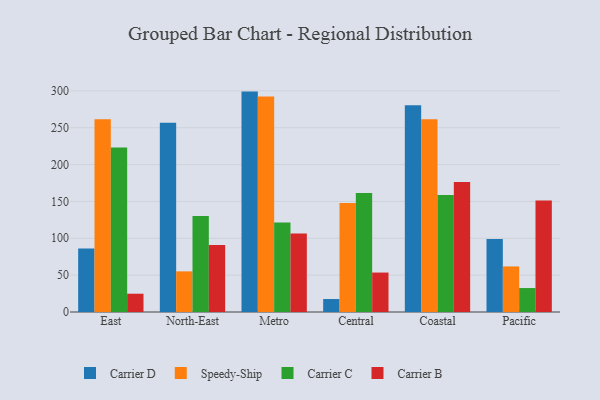
{"axis": {"x": "Region", "y": "Shipments"}, "legend": ["Carrier B", "Carrier C", "Carrier D", "Speedy-Ship"], "data": [{"x": "East", "y": 86.0, "type": "Carrier D"}, {"x": "East", "y": 261.5, "type": "Speedy-Ship"}, {"x": "East", "y": 223.0, "type": "Carrier C"}, {"x": "East", "y": 24.8, "type": "Carrier B"}, {"x": "North-East", "y": 256.7, "type": "Carrier D"}, {"x": "North-East", "y": 55.1, "type": "Speedy-Ship"}, {"x": "North-East", "y": 130.4, "type": "Carrier C"}, {"x": "North-East", "y": 90.8, "type": "Carrier B"}, {"x": "Metro", "y": 299.0, "type": "Carrier D"}, {"x": "Metro", "y": 292.3, "type": "Speedy-Ship"}, {"x": "Metro", "y": 121.3, "type": "Carrier C"}, {"x": "Metro", "y": 106.4, "type": "Carrier B"}, {"x": "Central", "y": 17.6, "type": "Carrier D"}, {"x": "Central", "y": 147.9, "type": "Speedy-Ship"}, {"x": "Central", "y": 161.5, "type": "Carrier C"}, {"x": "Central", "y": 53.5, "type": "Carrier B"}, {"x": "Coastal", "y": 280.6, "type": "Carrier D"}, {"x": "Coastal", "y": 261.4, "type": "Speedy-Ship"}, {"x": "Coastal", "y": 158.7, "type": "Carrier C"}, {"x": "Coastal", "y": 176.2, "type": "Carrier B"}, {"x": "Pacific", "y": 99.0, "type": "Carrier D"}, {"x": "Pacific", "y": 61.8, "type": "Speedy-Ship"}, {"x": "Pacific", "y": 32.5, "type": "Carrier C"}, {"x": "Pacific", "y": 151.4, "type": "Carrier B"}]}